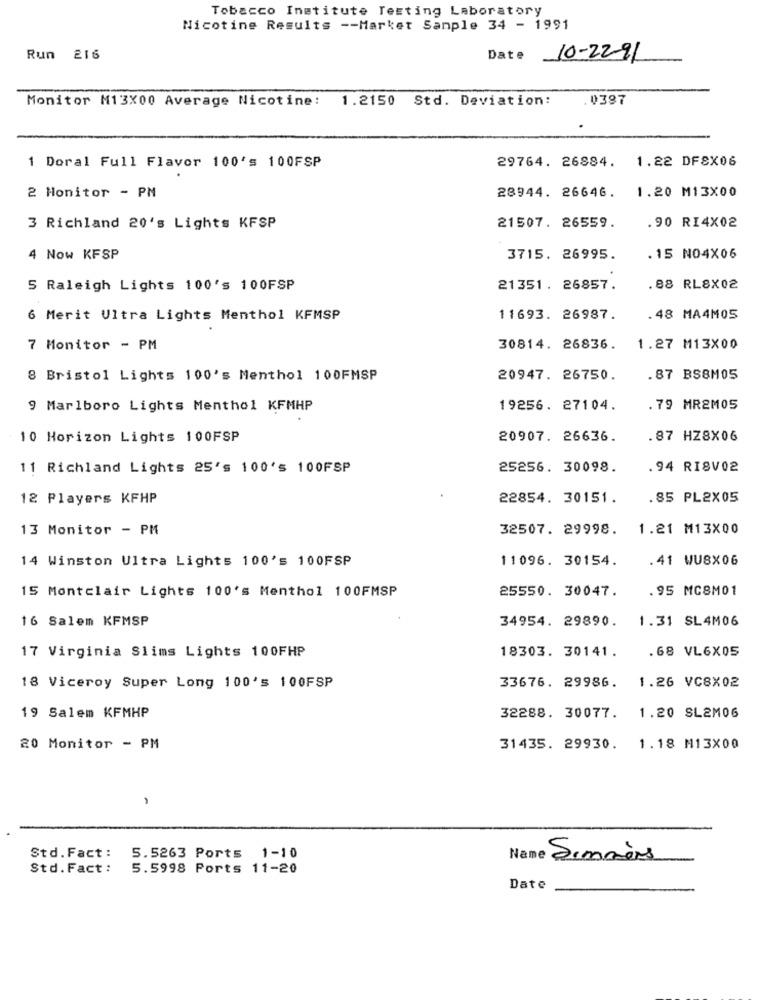
Tobacco Institute Testing Laboratory
Nicotine Results -- Market Sample 34 - 1991
Run 216
Date
10-2291
Monitor M13X00 Average Nicotine: 1.2150 Std. Deviation:
.0397
29764. 26884.
1.22 DFSX06
1 Doral Full Flavor 100's 100FSP
1.20 M13X00
2 Monitor - PN
28944. 26646.
.90 RI4X02
3 Richland 20's Lights KFSP
21507. 26559.
4 Now KFSP
3715. 26995.
. 15 NO4X06
5 Raleigh Lights 100's 100FSP
21351. 26857.
. 88 RL8X02
6 Merit Ultra Lights Menthol KFMSP
11693. 26987.
.48 MA4M05
7 Monitor - PM
30814. 26836.
1.27 M13X00
8 Bristol Lights 100's Menthol 100FMSP
20947. 26750.
.87 BSBM05
9 Marlboro Lights Menthol KFMHP
19256. 27104.
.79 MR2MOS
10 Horizon Lights 100FSP
20907. 26636.
.87 HZ8X06
11 Richland Lights 25's 100's 100FSP
25256. 30098.
.94 RI8V02
12 Players KFHP
22854. 30151.
.85 PL2X05
13 Monitor - PM
32507. 29998.
1.21 M13X00
14 Winston Ultra Lights 100's 100FSP
11096. 30154.
.41 WUBX06
15 Montclair Lights 100's Menthol 100FMSP
25550. 30047.
. 95 MC8M01
16 Salem KFMSP
34954. 29890.
1.31 SL4M06
18303. 30141.
. 68 VL6X05
17 Virginia Slims Lights 100FHP
1.26 VC8X02
18 Viceroy Super Long 100's 100FSP
33676. 29986.
19 Salem KFMHP
32288. 30077.
1.20 SL2M06
20 Monitor - PM
31435. 29930.
1.18 M13X00
-
Std.Fact:
5.5263 Ports 1-10
Simmèrs
Std. Fact:
5.5998 Ports 11-20
Date